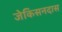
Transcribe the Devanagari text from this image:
जेकिसनदास